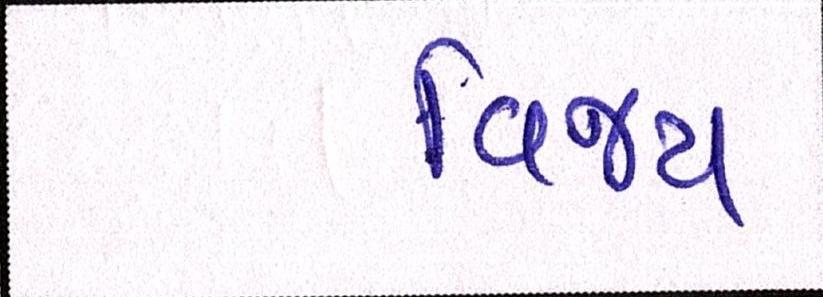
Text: વિજય